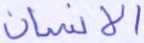
الإنسان